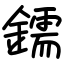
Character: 鑐